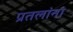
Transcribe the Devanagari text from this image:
प्रतलांना